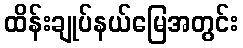
ထိန်းချုပ်နယ်မြေအတွင်း